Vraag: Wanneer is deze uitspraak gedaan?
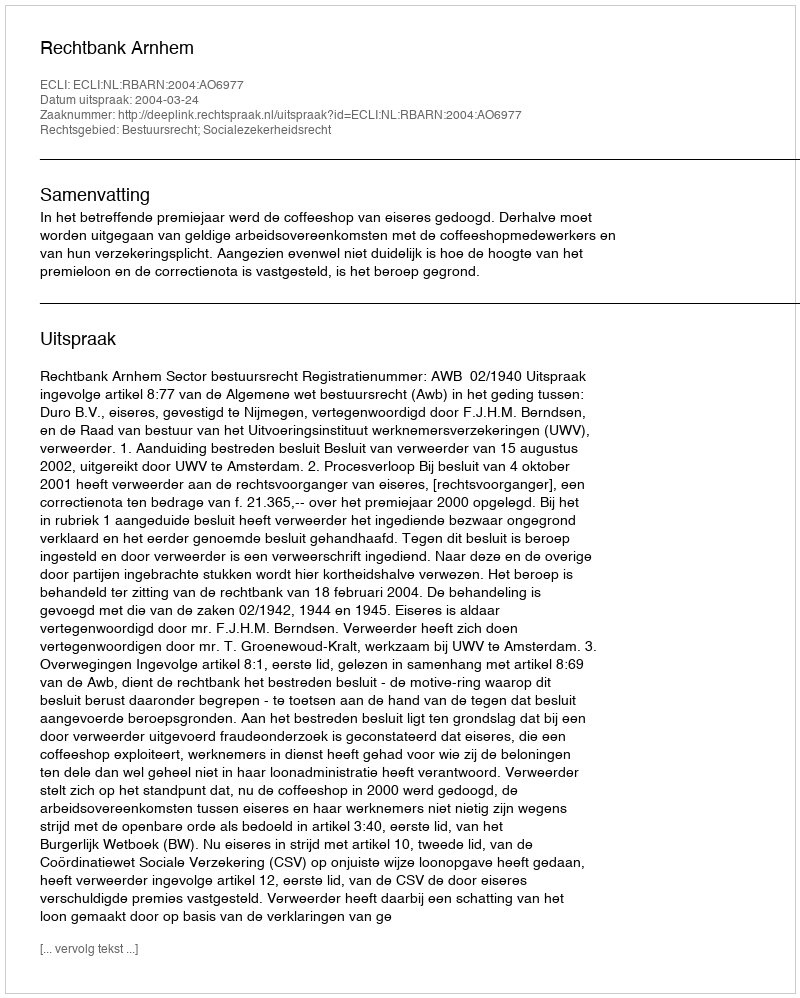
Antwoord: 2004-03-24